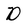
Character: D